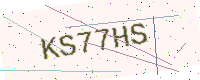
Text: KS77HS